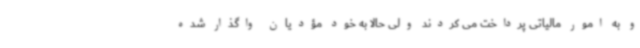
و به امور مالیاتی پرداخت می کردند ولی حالا به خود مؤدیان واگذار شده